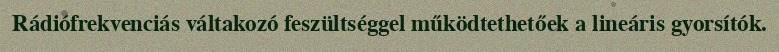
Rádiófrekvenciás váltakozó feszültséggel működtethetőek a lineáris gyorsítók.